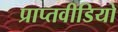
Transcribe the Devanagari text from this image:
प्राप्तवीडियो